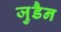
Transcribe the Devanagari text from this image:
जुडैन